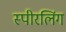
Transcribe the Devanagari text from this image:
स्पीरलिंग